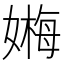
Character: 𡠫